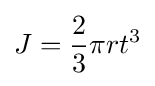
J={\frac {2}{3}}\pi rt^{3}